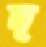
দ